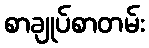
စာချုပ်စာတမ်း